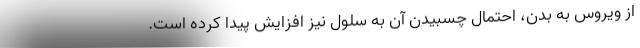
از ویروس به بدن، احتمال چسبیدن آن به سلول نیز افزایش پیدا کرده است.